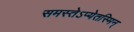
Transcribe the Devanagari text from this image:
समस्तेऽप्येतस्मिन्